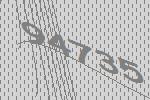
94735